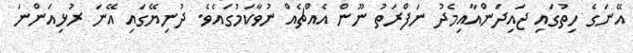
އޭނަގެ ހިތުގައި ޖައިދަންއާއިމެދު ނަފްރަތު ނޫން އެއްޗެއް ނުވާކަމުގައެވެ. ދުނިޔޭގައި އޭނަ ރުޅިއަންނަ